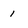
Character: 1